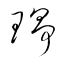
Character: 琤